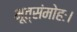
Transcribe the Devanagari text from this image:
भूत्संमोहः।